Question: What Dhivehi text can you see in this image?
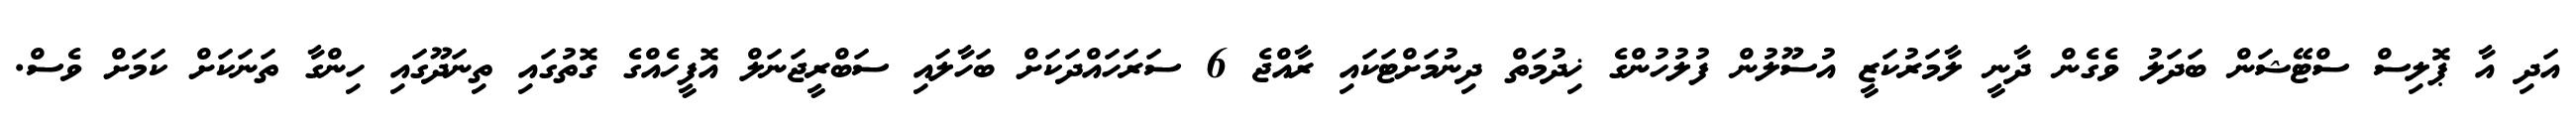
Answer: އަދި އާ ޕޮލިސް ސްޓޭޝަން ބަދަލު ވެގެން ދާނީ ލާމަރުކަޒީ އުސޫލުން ފުލުހުންގެ ޚިދުމަތް ދިނުމަށްޓަކައި ރާއްޖެ 6 ސަރަހައްދަކަށް ބަހާލައި ސަބްރީޖަނަލް އޮފީހެއްގެ ގޮތުގައި ތިނަދޫގައި ހިންގާ ތަނަކަށް ކަމަށް ވެސް.